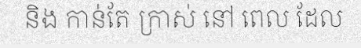
និង កាន់តែ ក្រាស់ នៅ ពេល ដែល